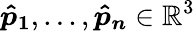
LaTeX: \boldsymbol{\hat{p}_{1}},...,\boldsymbol{\hat{p}_{n}}\in\mathbb{R}^{3}